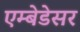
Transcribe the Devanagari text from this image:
एम्बेडेसर